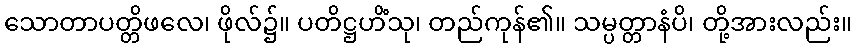
သောတာပတ္တိဖလေ၊ ဖိုလ်၌။ ပတိဋ္ဌဟိံသု၊ တည်ကုန်၏။ သမ္ပတ္တာနံပိ၊ တို့အားလည်း။